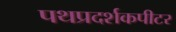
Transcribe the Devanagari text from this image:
पथप्रदर्शकपीटर